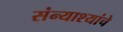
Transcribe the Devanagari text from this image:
संन्याश्यांचे